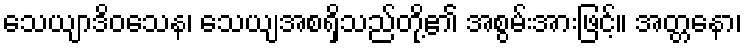
သေယျာဒိဝသေန၊ သေယျအစရှိသည်တို့၏ အစွမ်းအားဖြင့်။ အတ္တနော၊